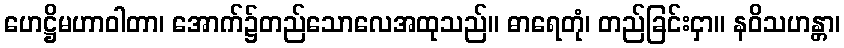
ဟေဋ္ဌိမဟာဝါတာ၊ အောက်၌တည်သောလေအထုသည်။ ဓာရေတုံ၊ တည်ခြင်းငှာ။ နဝိသဟန္တာ၊